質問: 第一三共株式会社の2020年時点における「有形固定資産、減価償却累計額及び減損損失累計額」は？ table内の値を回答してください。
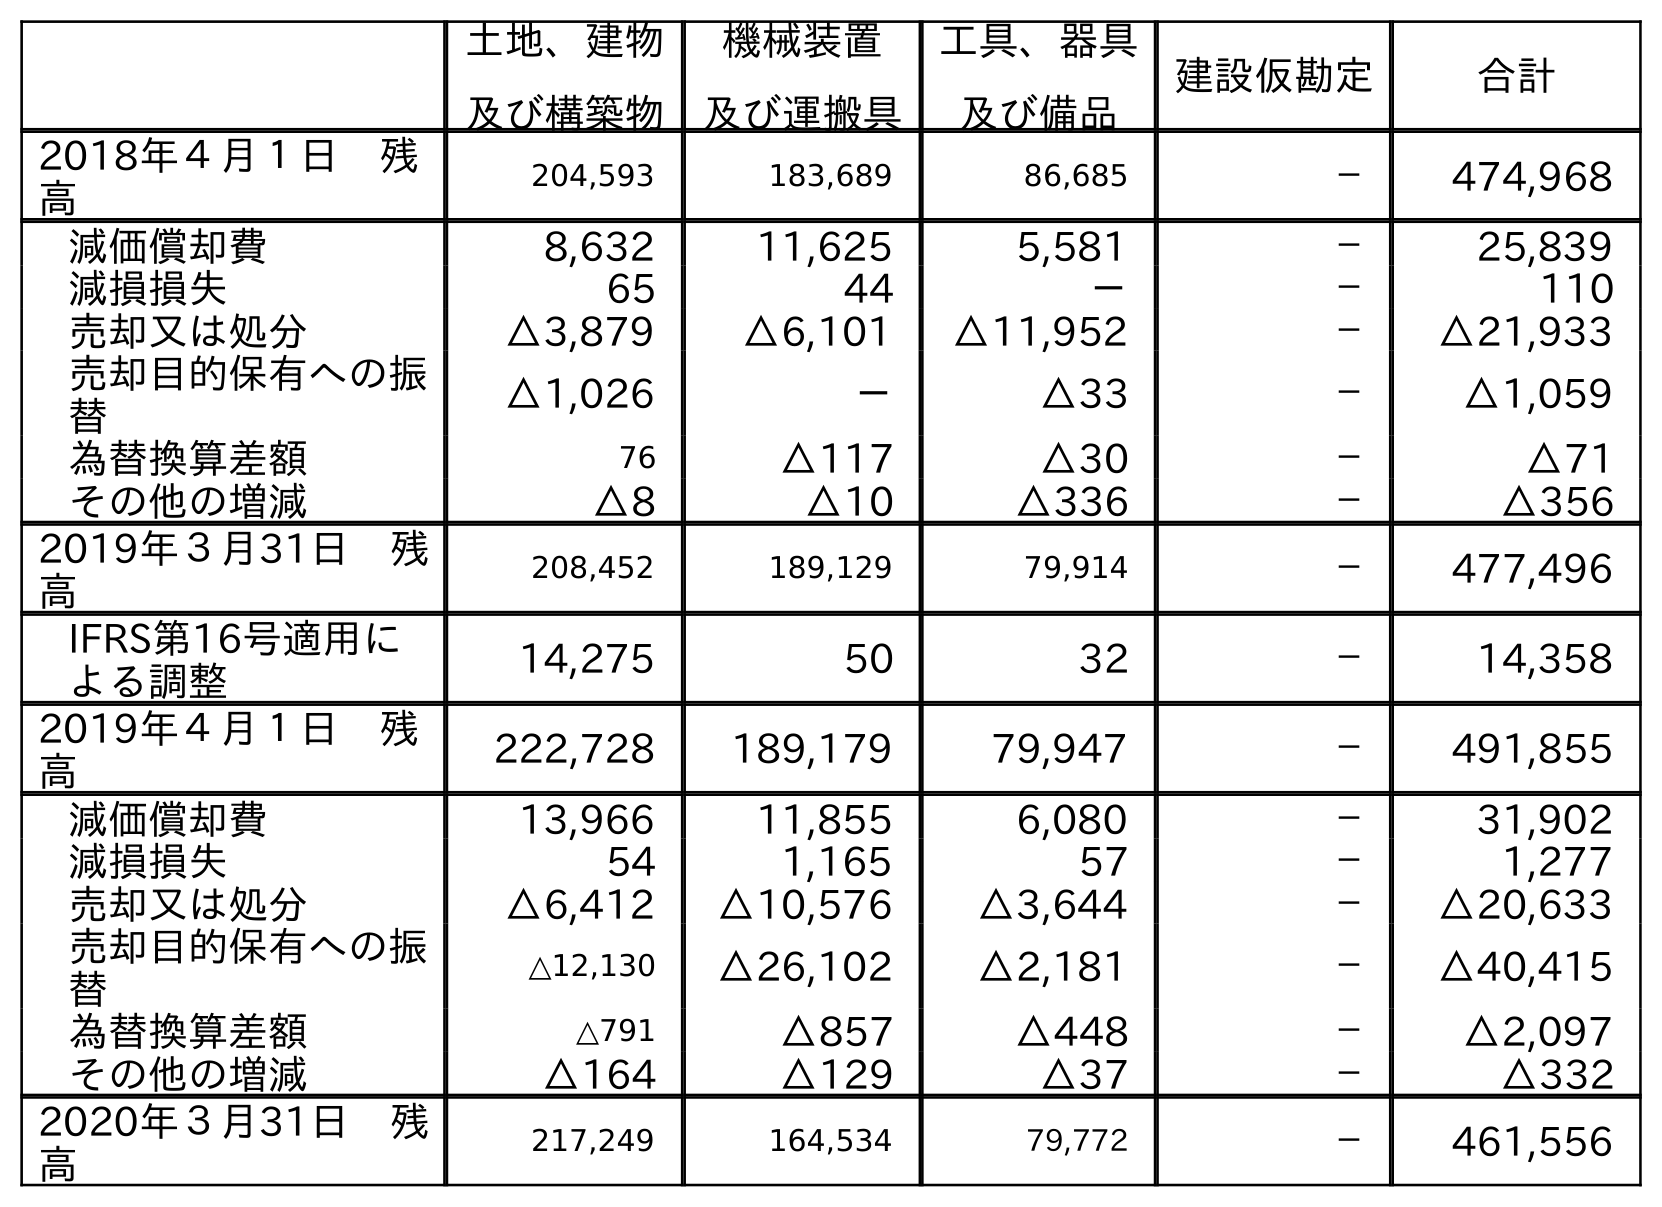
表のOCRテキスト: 土地、建物 及び構築物 機械装置 及び運搬具 工具、器具 及び備品 建設仮勘定 合計 2018年４月１日 残 高 204,593 183,689 86,685 － 474,968 減価償却費 8,632 11,625 5,581 － 25,839 減損損失 65 44 － － 110 売却又は処分 △3,879 △6,101 △11,952 － △21,933 売却目的保有への振 替 △1,026 － △33 － △1,059 為替換算差額 76 △117 △30 － △71 その他の増減 △8 △10 △336 － △356 2019年３月31日 残 高 208,452 189,129 79,914 － 477,496 IFRS第16号適用に よる調整 14,275 50 32 － 14,358 2019年４月１日 残 高 222,728 189,179 79,947 － 491,855 減価償却費 13,966 11,855 6,080 － 31,902 減損損失 54 1,165 57 － 1,277 売却又は処分 △6,412 △10,576 △3,644 － △20,633 売却目的保有への振 替 △12,130 △26,102 △2,181 － △40,415 為替換算差額 △791 △857 △448 － △2,097 その他の増減 △164 △129 △37 － △332 2020年３月31日 残 高 217,249 164,534 79,772 － 461,556
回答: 461,556